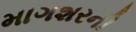
માગશરની